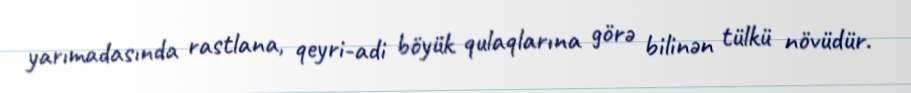
yarımadasında rastlana, qeyri-adi böyük qulaqlarına görə bilinən tülkü növüdür.